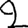
Digit: 2